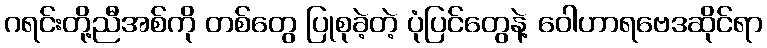
ဂရင်းတို့ညီအစ်ကို တစ်တွေ ပြုစုခဲ့တဲ့ ပုံပြင်တွေနဲ့ ဝေါဟာရဗေဒဆိုင်ရာ